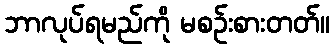
ဘာလုပ်ရမည်ကို မစဉ်းစားတတ်။